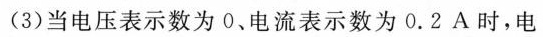
(3)当电压表示数为0、电流表示数为0.2A时，电